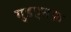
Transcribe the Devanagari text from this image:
गुडएनफ़